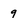
Character: 9